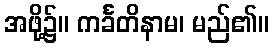
အဖို့၌။ ကင်္ခတိနာမ၊ မည်၏။